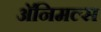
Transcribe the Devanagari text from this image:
अॅनिमल्स